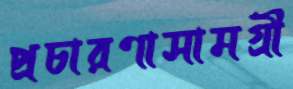
প্রচারণাসামগ্রী